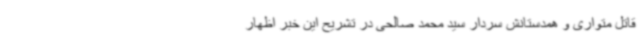
قاتل متواری و همدستانش سردار سید محمد صالحی در تشریح این خبر اظهار